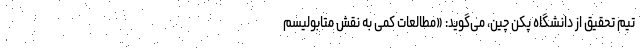
تیم تحقیق از دانشگاه پکن چین، می‌گوید: «مطالعات کمی به نقش متابولیسم